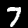
Label: 7